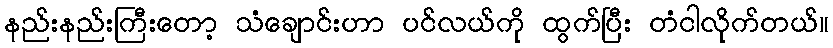
နည်းနည်းကြီးတော့ သံချောင်းဟာ ပင်လယ်ကို ထွက်ပြီး တံငါလိုက်တယ်။